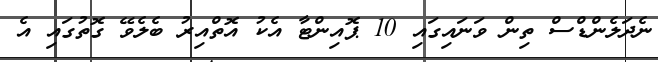
ނެދަލެންޑްސް ތިން ވަނައިގައި 10 ޕޮއިންޓާ އެކު އޮތްއިރު ބެލެވޭ ގޮތުގައި އެ